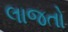
લાજતો